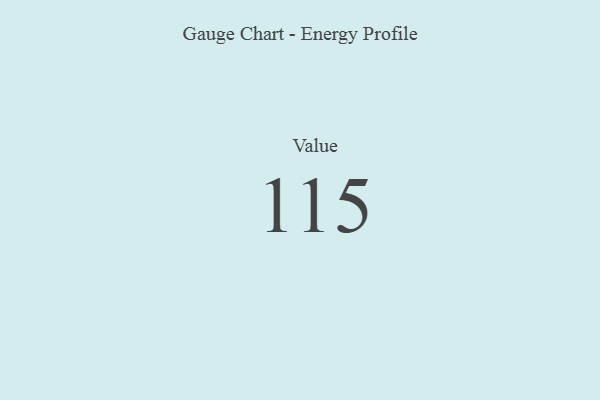
{"axis": {"x": "Metric", "y": "Value"}, "legend": [""], "data": [{"x": "Value", "y": 115, "type": ""}]}